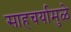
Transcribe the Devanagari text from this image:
साहचर्यामुळे